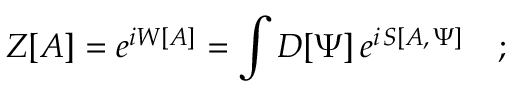
Z [ A ] = e ^ { i W [ A ] } = \int D [ \Psi ] \, e ^ { i \, S [ A , \, \Psi ] } \quad ;